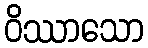
ဝိဿာသော